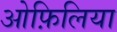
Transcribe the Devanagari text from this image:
ओफ़िलिया